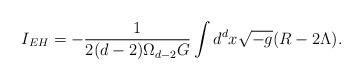
LaTeX: \begin{align*}I_{EH}=-\frac{1}{2(d-2)\Omega _{d-2}G}\int d^{d}x\sqrt{-g}(R-2\Lambda ).\end{align*}